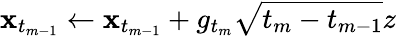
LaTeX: \mathbf{x}_{t_{m-1}}\gets\mathbf{x}_{t_{m-1}}+g_{t_{m}}\sqrt{t_{m}-t_{m-1}}z